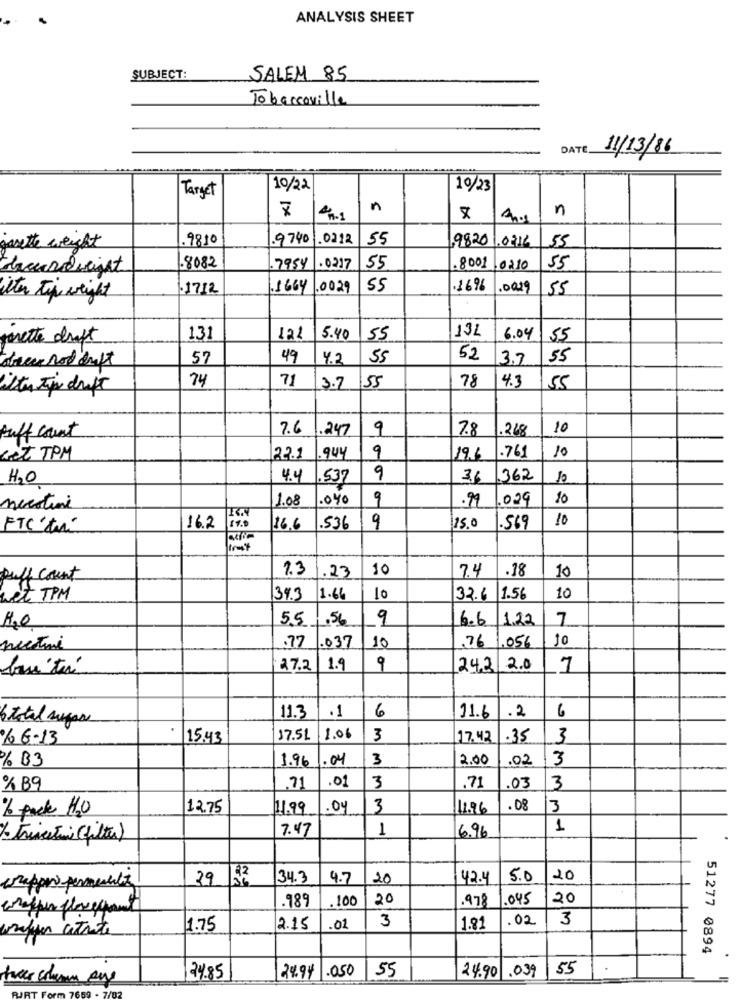
ANALYSIS SHEET
SUBJECT:
SALEM 85
Tobaccoville
DATE
11/13/86
10/22
10/23
Target
7
n
n
9810
.9740
.0212
55
98201.0316
gazette weight
55
.8082
.7954
.0217
55
.8001 .0210
55
1712
1.1664
.0029
55
.169
.0019
55
ilter tip weight
13L
parette draft
131
122
5.40
55
6.04
55
57
49
4.2
55
52
3.7
55
74
71
78
4.3
ilter tip drift
3.7
55
55
7.6
1.247
9
7.8
.248
10
puff count
9
10
Get TPM
22.1
19.6
.761
H2O
4.4
.537
9
36 362
10
1.08
1.040
9
.99
.029
10
nicotine
10
FTC'ta
162
16.6
.536
9
15.0
.569
7.3
.23
10
7.4
.18
10
puff count
wet TPM
34.3
11.66
lo
32.6
1.56
10
1.0
55
.56
9
6.6
1.22
7
10
pectini
77 .037
10
.76 1.056
27.2
1.9
9
24.2 2.0
7
.1
6
6
btotal sugar
11.3
11.6
.2
%6-13
15.43
17.51 1.06
3
17.42
.35
3
% B3
1.96 .04
3
2.00
3
.02
.01
% B9
.71
3
.71
.03
3
% pack H2O
12.75
11.99
.04
3
11.96
.08
3
7.47
1
6.96
1
/ triceTuri (filter)
.
U
29
152
34.3
4.7
20
42.4
5.0
20
wrapper permanentez
100
20
1.045
20
refur flowerpant
.989
.978
3
.02
3
0
wrapper citrate
1.75
2.15
.01
1.81
51277 0894
24.94 .050
55
55
24.85
24.90 .039